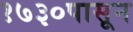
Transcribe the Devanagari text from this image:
१७३०पासून